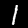
Digit: 1